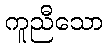
ကူညီသော